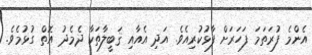
އެންމެ ފުރަތަމަ ފަހަރަށް ފާޅުކުރިއެވެ. އަދި އެއާއި ޤަބީލާތަކާ ދެމެދު އޮތް ގުޅުމެވެ.